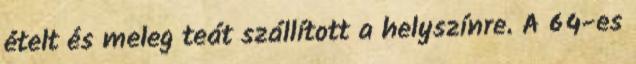
ételt és meleg teát szállított a helyszínre. A 64-es